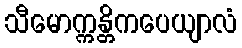
သီမောက္ကန္တိကပေယျာလံ